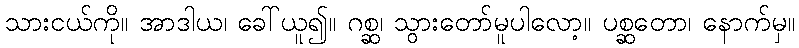
သားငယ်ကို။ အာဒါယ၊ ခေါ်ယူ၍။ ဂစ္ဆ၊ သွားတော်မူပါလော့။ ပစ္ဆတော၊ နောက်မှ။